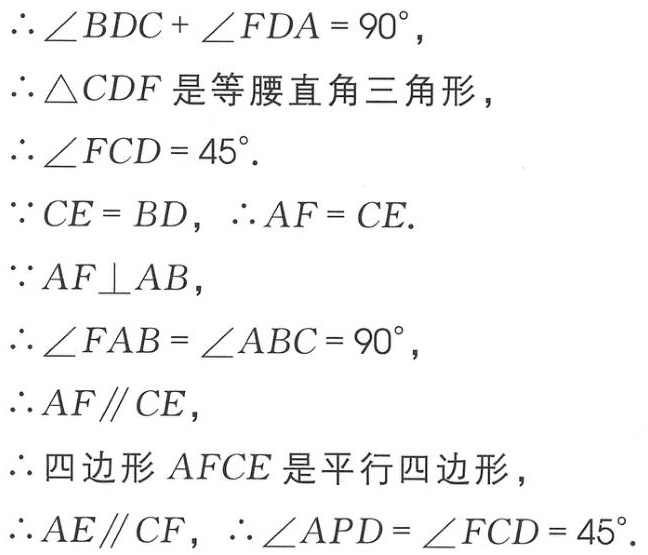
\(\therefore \angle BDC + \angle FDA = 90^{\circ},\\
\therefore \triangle CDF\text{ 是等腰直角三角形},\\
\therefore \angle FCD = 45^{\circ}.\\
\because CE = BD,\ \therefore AF = CE.\\
\because AF\perp AB,\\
\therefore \angle FAB = \angle ABC = 90^{\circ},\\
\therefore AF\parallel CE,\\
\therefore \text{四边形 } AFCE\text{ 是平行四边形},\\
\therefore AE\parallel CF,\ \therefore \angle APD = \angle FCD = 45^{\circ}.\)